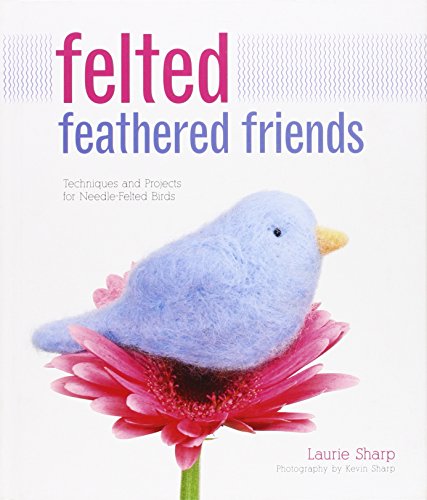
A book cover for Felted Feathered Friends: Techniques and Projects for Needle-felted Birds; Laurie Sharp; Crafts, Hobbies & Home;